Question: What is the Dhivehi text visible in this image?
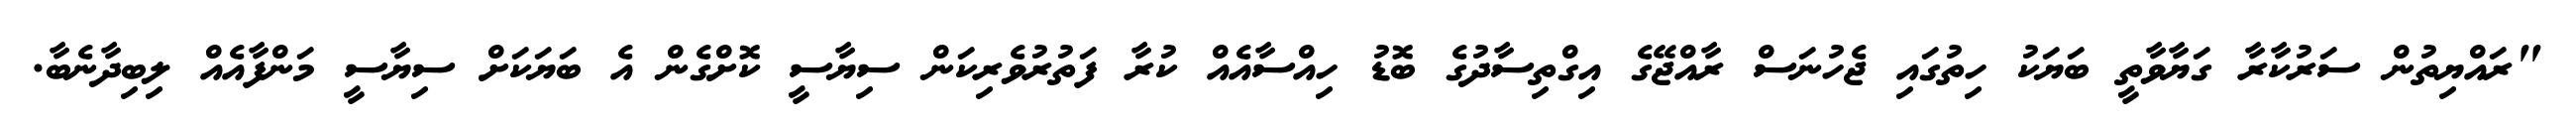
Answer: "ރައްޔިތުން ސަރުކާރާ ގަޔާވާތީ ބަޔަކު ހިތުގައި ޖެހުނަސް ރާއްޖޭގެ އިގްތިސާދުގެ ބޮޑު ހިއްސާއެއް ކުރާ ފަތުރުވެރިކަން ސިޔާސީ ކޮށްގެން އެ ބަޔަކަށް ސިޔާސީ މަންފާއެއް ލިބިދާނެބާ.